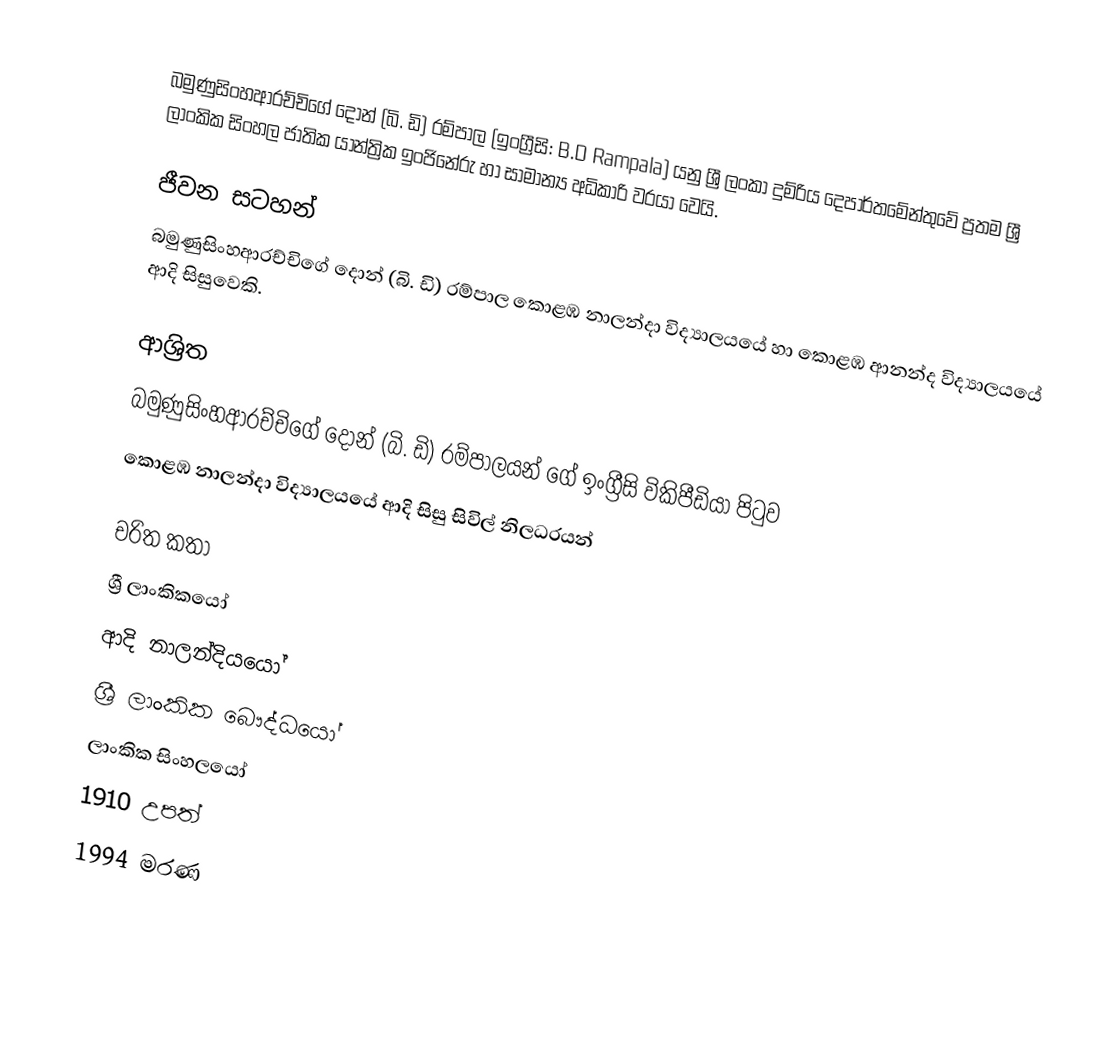
බමුණුසිංහආරච්චිගේ දොන් (බි. ඩි) රම්පාල (ඉංග්‍රීසි: B.D Rampala) යනු ශ්‍රී ලංකා දුම්රිය දෙපාර්තමේන්තුවේ ප්‍රතම ශ්‍රී ලාංකික සිංහල ජාතික යාන්ත්‍රික ඉංජිනේරු හා සාමාන්‍ය අධිකාරි වරයා වෙයි.

ජීවන සටහන්
බමුණුසිංහආරච්චිගේ දොන් (බි. ඩි) රම්පාල   කොළඹ නාලන්දා විද්‍යාලයයේ හා කොළඹ ආනන්ද විද්‍යාලයයේ ආදි සිසුවෙකි.

ආශ්‍රිත
 බමුණුසිංහආරච්චිගේ දොන් (බි. ඩි) රම්පාලයන් ගේ ඉංග්‍රීසි විකිපීඩියා පිටුව
 කොළඹ නාලන්දා විද්‍යාලයයේ ආදි සිසු සිවිල් නිලධරයන්

චරිත කතා
ශ්‍රී ලාංකිකයෝ
ආදි නාලන්දියයෝ
ශ්‍රී ලාංකික බෞද්ධයෝ
ලාංකික සිංහලයෝ
1910 උපත්
1994 මරණ